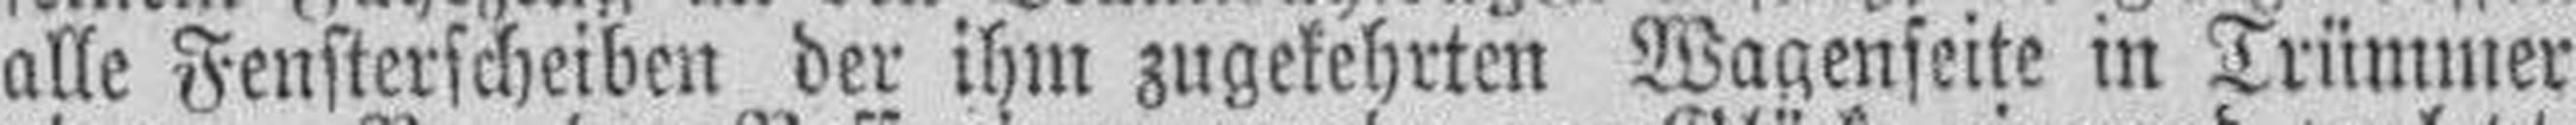
alle Fensterscheiben der ihm zugekehrten Wagenseite in Trümmer